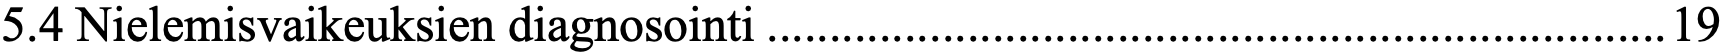
5.4 Nielemisvaikeuksien diagnosointi ........................................................................ 19